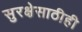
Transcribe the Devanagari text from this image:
सुरक्षेसाठीही